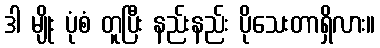
ဒါ မျိုး ပုံစံ တူပြီး နည်းနည်း ပိုသေးတာရှိလား။